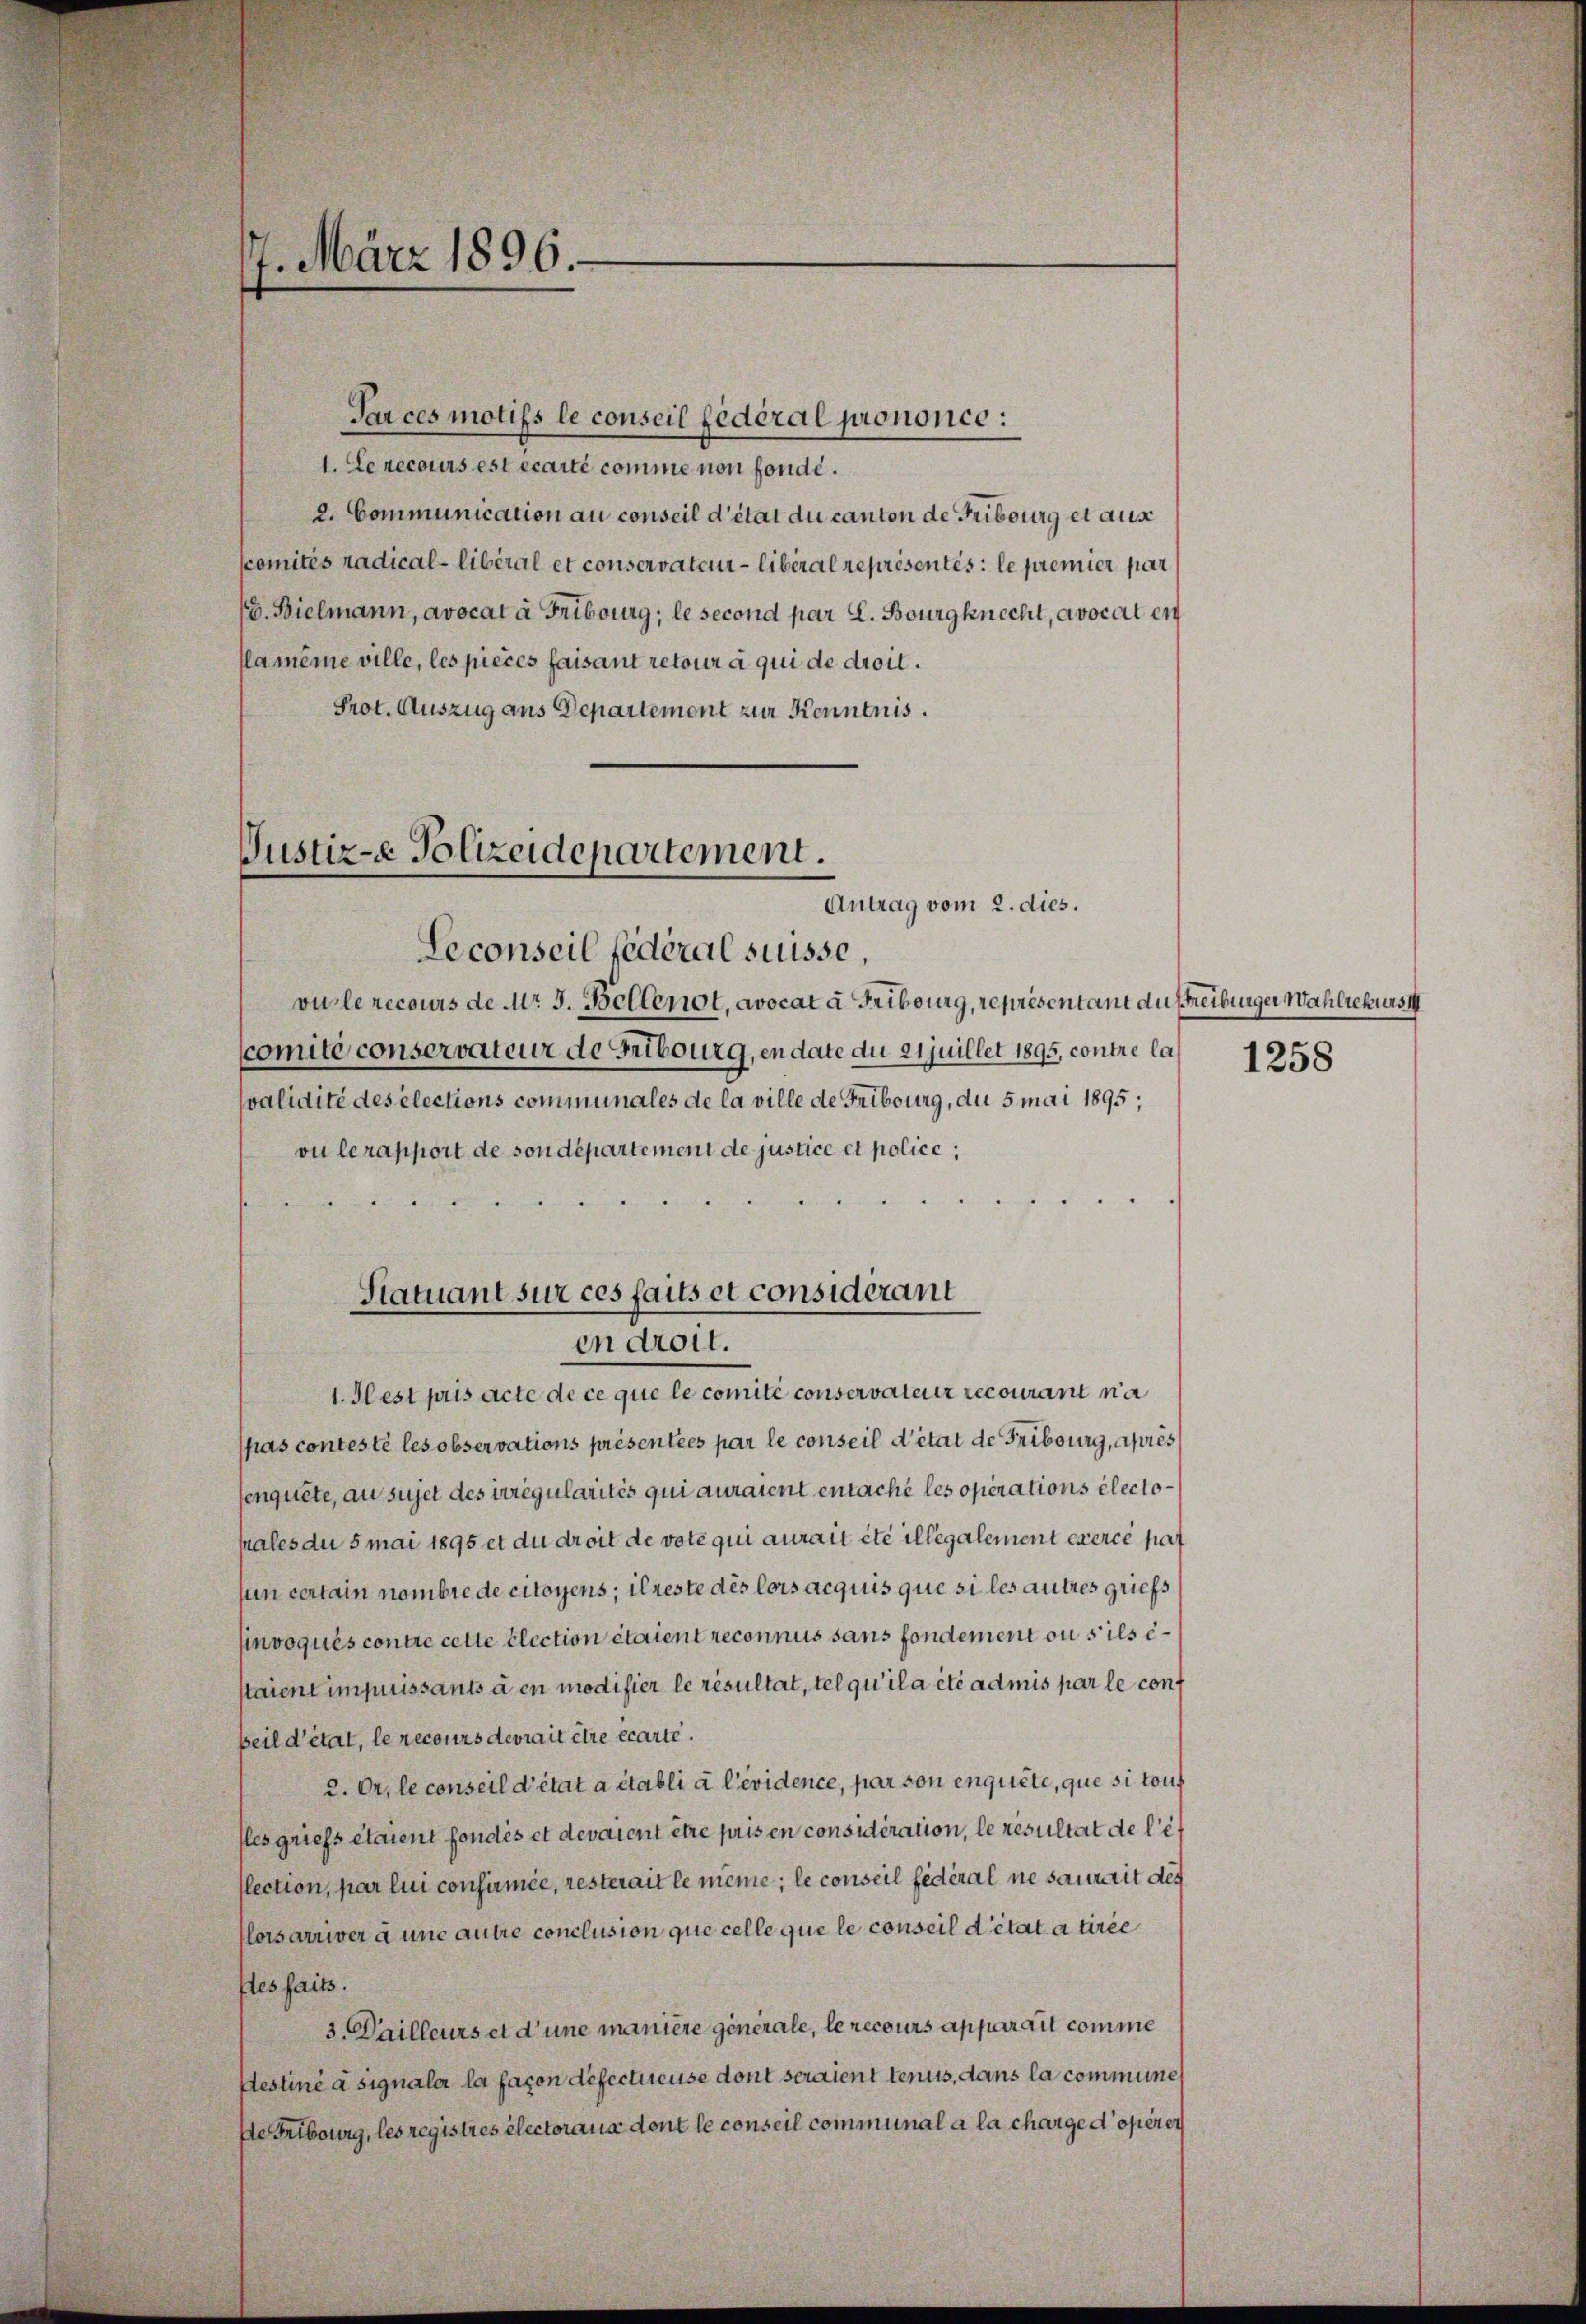
7. März 1896.

Tar ces motifs le conseil federal prononce:
1. Le recours est écarté comme non fonde.
2. Communication au conseil d’état du canton de Fribourg et aus
komités radical - libéral et conservaten - libéral représentés: le premier par
G. Bielmann, avocat à Fribourg; le second par E. Bourgknecht, avocat en
flameme ville, les pieces faisant retour à qui de droit.
Prot. Auszug aus Departement zur Kenntnis.

Justiz-e Polizeidepartement.
Antrag vom 2. dies.
Seconseil fédéral suisse,

vurle recours de Mr. J. Bellenot, avocat à Fribourg, représentant du streiburger Wahlrekurs 1
Comité conservateur de Fribourg, en date du 21 juillet 1895, contre la 1258
svalidité des elections communales de la ville de Fribourg, du 5 mai 1895;
vu lerapport de sondepartement de justice et police;

e
1. Fest pris acte de ce que le comité conservateur recourant na
spas contesté les observations présentées par le conseil d’état de Fribourg, après
senquete, au sujet des irrégularités qui auraient entache les operations électohales du 5 mai 1895 et du droit de vete qui aurait été illégalement exerce pas
sun certain nombre de citoyens; il reste des lors acquis que si les autres griefs
Unvoqués contre celle Election étaient reconnus sans fondement ou s’ils estaient impuissants à en modifier le résultat, tel qu’il a été admis par le conf
beil d’état, le recours devrait être écarte.
2. Or, le conseil d’état a établi à l’évidence, par von enquête, que si tous
fles griefs étaient fondés et devaient être pris en considération, le resultat de l’ef
flection, par lui confirmée, resterait le même, le conseil fédéral ne samerit des
lors arriver à une autre conclusion que celle que le conseil détat a tirée
ftes faits.
3. Dailleurs et d’une manière generale, le recours apparait comme
Atestiné à signaler la façon defectureuse dont sourient tenus, dans la communese Fribourg, les registres electorana dont le conseil communal a la charge d’opérer

Statuant sur ces faits et considérant
en droit.